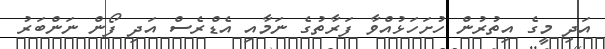
އަދި މީގެ އިތުރުން ހުށަހަޅުއްވާ ފަރާތުގެ ނަމާއި އެޑްރެސް އަދި ފޯން ނަންބަރު